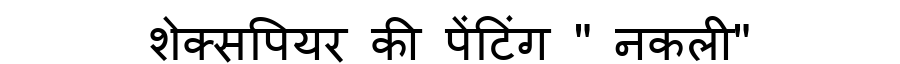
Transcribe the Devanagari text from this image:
शेक्सपियर की पेंटिंग " नकली"